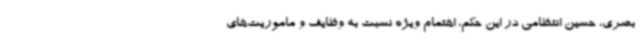
بصری، حسین انتظامی در این حکم، اهتمام ویژه نسبت به وظایف و ماموریت‌های